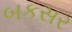
બકસર